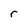
Character: r